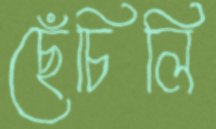
ছেঁচিলি